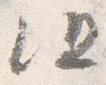
但